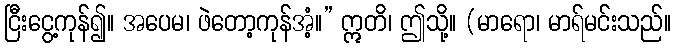
ငြီးငွေ့ကုန်၍။ အပေမ၊ ဖဲတော့ကုန်အံ့။” ဣတိ၊ ဤသို့။ (မာရော၊ မာရ်မင်းသည်။